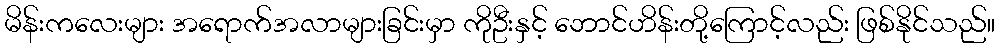
မိန်းကလေးများ အရောက်အလာများခြင်းမှာ ကိုဦးနှင့် ဘောင်ဟိန်းတို့ကြောင့်လည်း ဖြစ်နိုင်သည်။